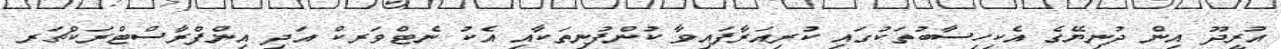
އުރީދޫ އިން ދުނިޔޭގެ އެކިހިސާބުތަކުގައި ކުރިއަރާފައިވާ ކުންފުނިތަކާއި އެކު ނެޓްވަރކް އަދި އިންފްރާސްޓްރަކްޗަރ